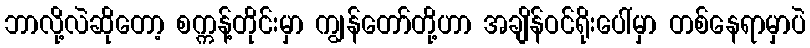
ဘာလို့လဲဆိုတော့ စက္ကန့်တိုင်းမှာ ကျွန်တော်တို့ဟာ အချိန်ဝင်ရိုးပေါ်မှာ တစ်နေရာမှာပဲ